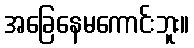
အခြေနေမကောင်းဘူး။